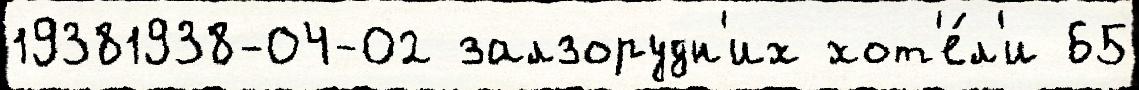
19381938-04-02 залзорудн'их хот'е́л'и 65